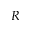
R